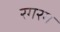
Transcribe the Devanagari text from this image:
रगरग